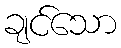
ချင်သော